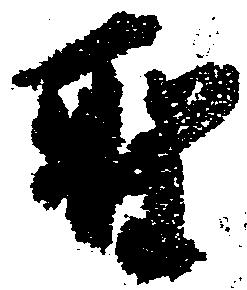
聖